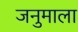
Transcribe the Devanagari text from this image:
जनुमाला